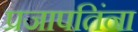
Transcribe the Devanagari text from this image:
प्रजापतिंना